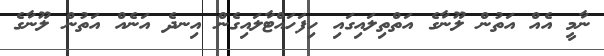
ނާމީ އެއް އަތުން ލޫނާގެ އަތްތިލައިގައި ހިފަހައްޓާލައިގެން އިނދެ އަނެއް އަތުން ލޫނާގެ